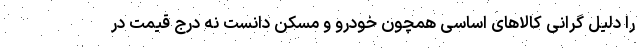
را دلیل گرانی کالاهای اساسی همچون خودرو و مسکن دانست نه درج قیمت در